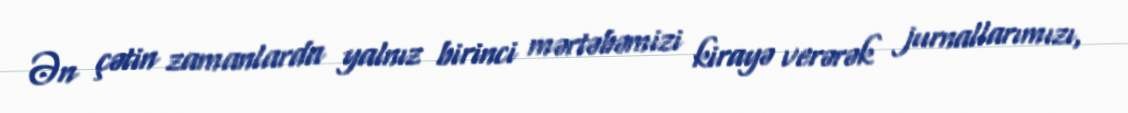
Ən çətin zamanlarda yalnız birinci mərtəbəmizi kirayə verərək jurnallarımızı,